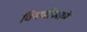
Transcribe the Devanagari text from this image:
चिमणीप्रमाणे